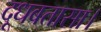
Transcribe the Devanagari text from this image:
दूधबतासा।